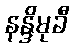
နန္ဒိမုခီ